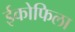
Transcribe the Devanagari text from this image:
ईकोफिला